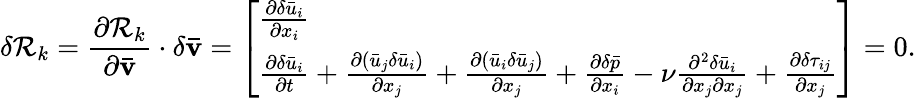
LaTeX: \delta\mathcal{R}_{k}=\frac{{{\partial{\mathcal{R}_{k}}}}}{{{\partial{\mathbf{{\bar{{v}}}}}}}}\cdot\delta{\mathbf{{\bar{{v}}}}}=\left[\begin{array}{l}{\frac{{\partial\delta{{\bar{u}}_{i}}}}{{\partial{x_{i}}}}}\\ {\frac{{\partial\delta{{\bar{u}}_{i}}}}{{\partial t}}+\frac{{\partial\left({{{\bar{u}}_{j}}\delta{{\bar{u}}_{i}}}\right)}}{{\partial{x_{j}}}}+\frac{{\partial\left({{{\bar{u}}_{i}}\delta{{\bar{u}}_{j}}}\right)}}{{\partial{x_{j}}}}+\frac{{\partial\delta\bar{p}}}{{\partial{x_{i}}}}-\nu\frac{{{\partial^{2}}\delta{{\bar{u}}_{i}}}}{{\partial{x_{j}}\partial{x_{j}}}}+\frac{\partial\delta{\tau_{ij}}}{{\partial{x_{j}}}}}\end{array}\right]=0.